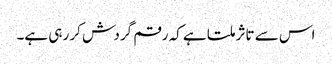
اس سے تاثر ملتا ہے کہ رقم گردش کر رہی ہے۔